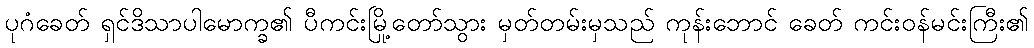
ပုဂံခေတ် ရှင်ဒိသာပါမောက္ခ၏ ပီကင်းမြို့တော်သွား မှတ်တမ်းမှသည် ကုန်းဘောင် ခေတ် ကင်းဝန်မင်းကြီး၏